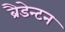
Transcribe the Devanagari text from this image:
ब्रैडेन्टन